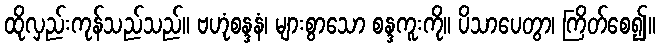
ထိုလှည်းကုန်သည်သည်။ ဗဟုံစန္ဒနံ၊ များစွာသော စန္ဒကူးကို။ ပိသာပေတွာ၊ ကြိတ်စေ၍။